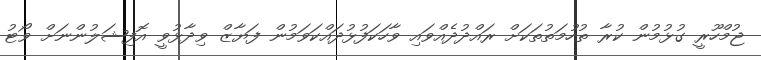
ޖުމްހޫރީ ގުޅުމުން ކުރާ ތުހުމަތުތަކަށް ރައްދުދެއްވައި ވާހަކަފުޅުދައްކަވަމުން ފަޔާޒް ވިދާޅުވީ އޮފިޝަލުންނަށް ވޯޓު